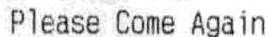
PLEASE COME AGAIN